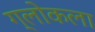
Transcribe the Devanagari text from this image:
ग्लोकला